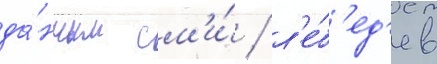
да́нным см'и́ / л'е́б'ед'ев